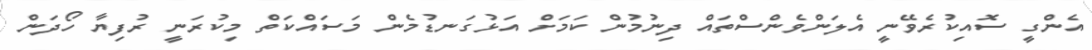
އެންގީ ސޮއިކުރެވޭނީ އެލަންވެންސްތައް ދިނުމުން ކަމަށް އަޅުގަނޑުމެން މަސައްކަތް މިކުރަނީ ރުފިޔާ ހޯދަން